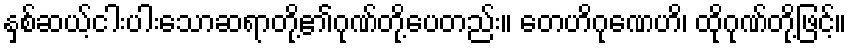
နှစ်ဆယ့်ငါးပါးသောဆရာတို့၏ဂုဏ်တို့ပေတည်း။ တေဟိဂုဏေဟိ၊ ထိုဂုဏ်တို့ဖြင့်။